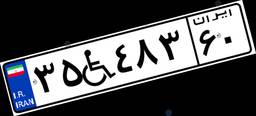
۳۵W۴۸۳۶۰